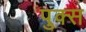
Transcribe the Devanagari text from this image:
पुक्स